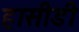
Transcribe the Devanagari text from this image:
हासीडी